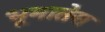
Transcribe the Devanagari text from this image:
भूमातेस